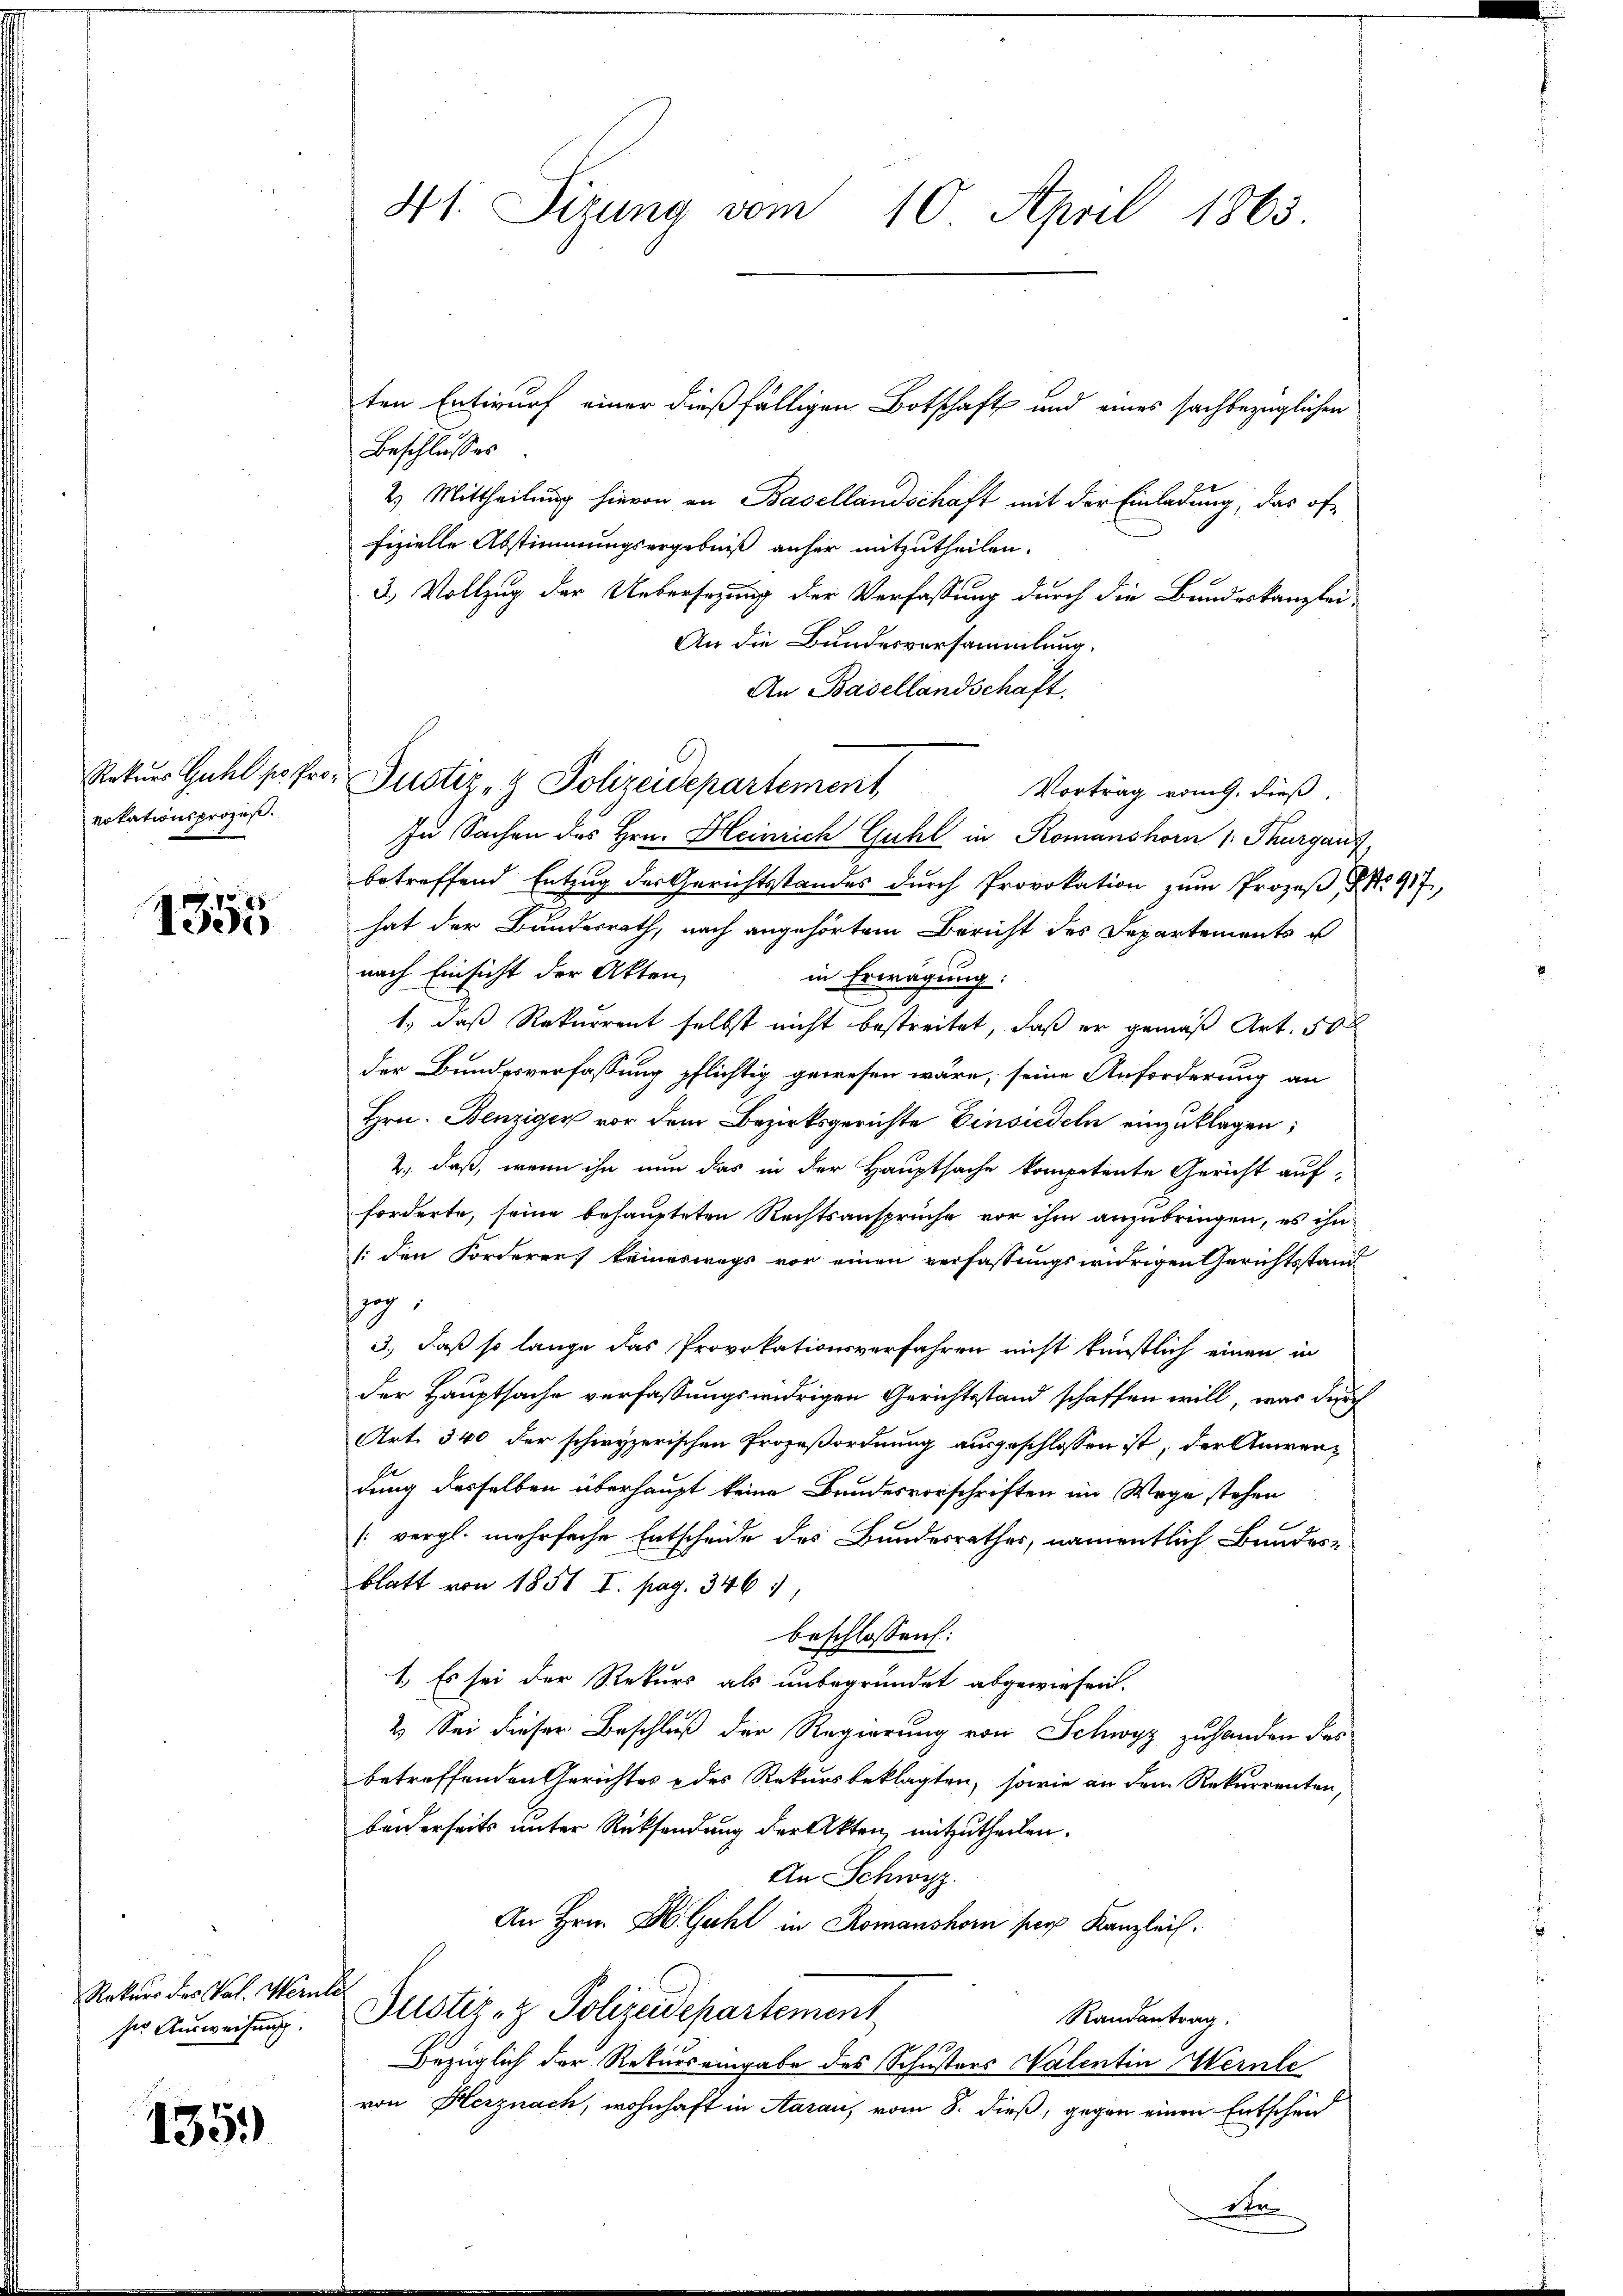
vokationsprozes.

1355

Rekurs des Val. Wernle
ser Ausweisung.

1359

41. Sizung vom 10. April 1863.

Beschlusses
2) Mittheilung hievon an Basellandschaft mit der Einladung, das offizielle Abstimmungsergebniß anher mitzutheilen.
3.) Vollzug der Uebersezung der Verfassung durch die Bundeskanzlei-
An die Bundesversammlung.
An Basellandschaft.
Rekurs Guhl po Pro- Justiz- & Polizeidepartement
Vortrag vom 9. dieß,
In Sachen des Hrn. Heinrich Guhl in Romanshorn 1: Thurgauf
betreffend Entzug der Gerichtsstandes durch Provokation zum Prozeβ, NNo. 917,
hat der Bundesrath, nach angehörtem Bericht des Departements u
nach Einsicht der Akten,
in Erwägung:
1., daß Rekurrent selbst nicht bestreitet, daß er gemäß Art. 500
der Bundesverfassung pflichtig gewesen wäre, seine Anforderung an
Hrn. Benziger vor dem Bezirksgerichte Einsiedeln einzuklagen;
2., daß, wenn ihn nun das in der Hauptsache kompetente Gericht auf-
forderte, seine behaupteten Rechtsansprüche vor ihm anzubringen, es ihn
/: den Forderer keineswegs vor einen verfassungswidrigen Gerichtsstand
g
3., daß so lange das Provokationsverfahren nicht künstlich einen in
der Hauptsache verfassungswidrigen Gerichtsstand schaffen will, was durch
Art. 340 der schwyzerischen Prozeßordnung ausgeschlossen ist, der Anwendung desselben überhaupt keine Bundesvorschriften im Wege stehen
(vergl. mehrfache Entscheide des Bundesrathes, namentlich Bundes-
blatt von 1851 I. pag. 346.
beschlossen:
1. Es sei der Rekurs als unbegründet abgewiesen.
2. Sei dieser Beschluß der Regierung von Schwyz zuhanden das
betreffenden Gerichtes des Rekursbeklagten, sowie an dem Rekurrenten,
beiderseits unter Rücksendung der Akten, mitzutheilen.
An Schwyz.
An Hrn. H. Guhl in Romanshorn ser Kanzleich.
Justiz- & Polizeidepartement
Randantrag.
Bezüglich der Rekursangabe des Schusters Walentin Wernle
von Herznach, wohnhaft in Aarau, vom 8. dieß, gegen einen Entschen
e

ten Entwurf einer dießfälligen Botschaft und eines sachbezüglichen